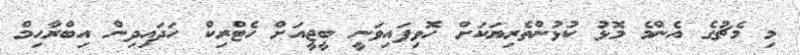
މި މެޗުގެ އެންމެ މޮޅު ކުޅުންތެރިޔަކަށް ހޮވިފައިވަނީ ބީޖީއަށް ހެޓްރިކް ހަދައިދިން އިބްރާޙިމް